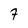
Character: 7